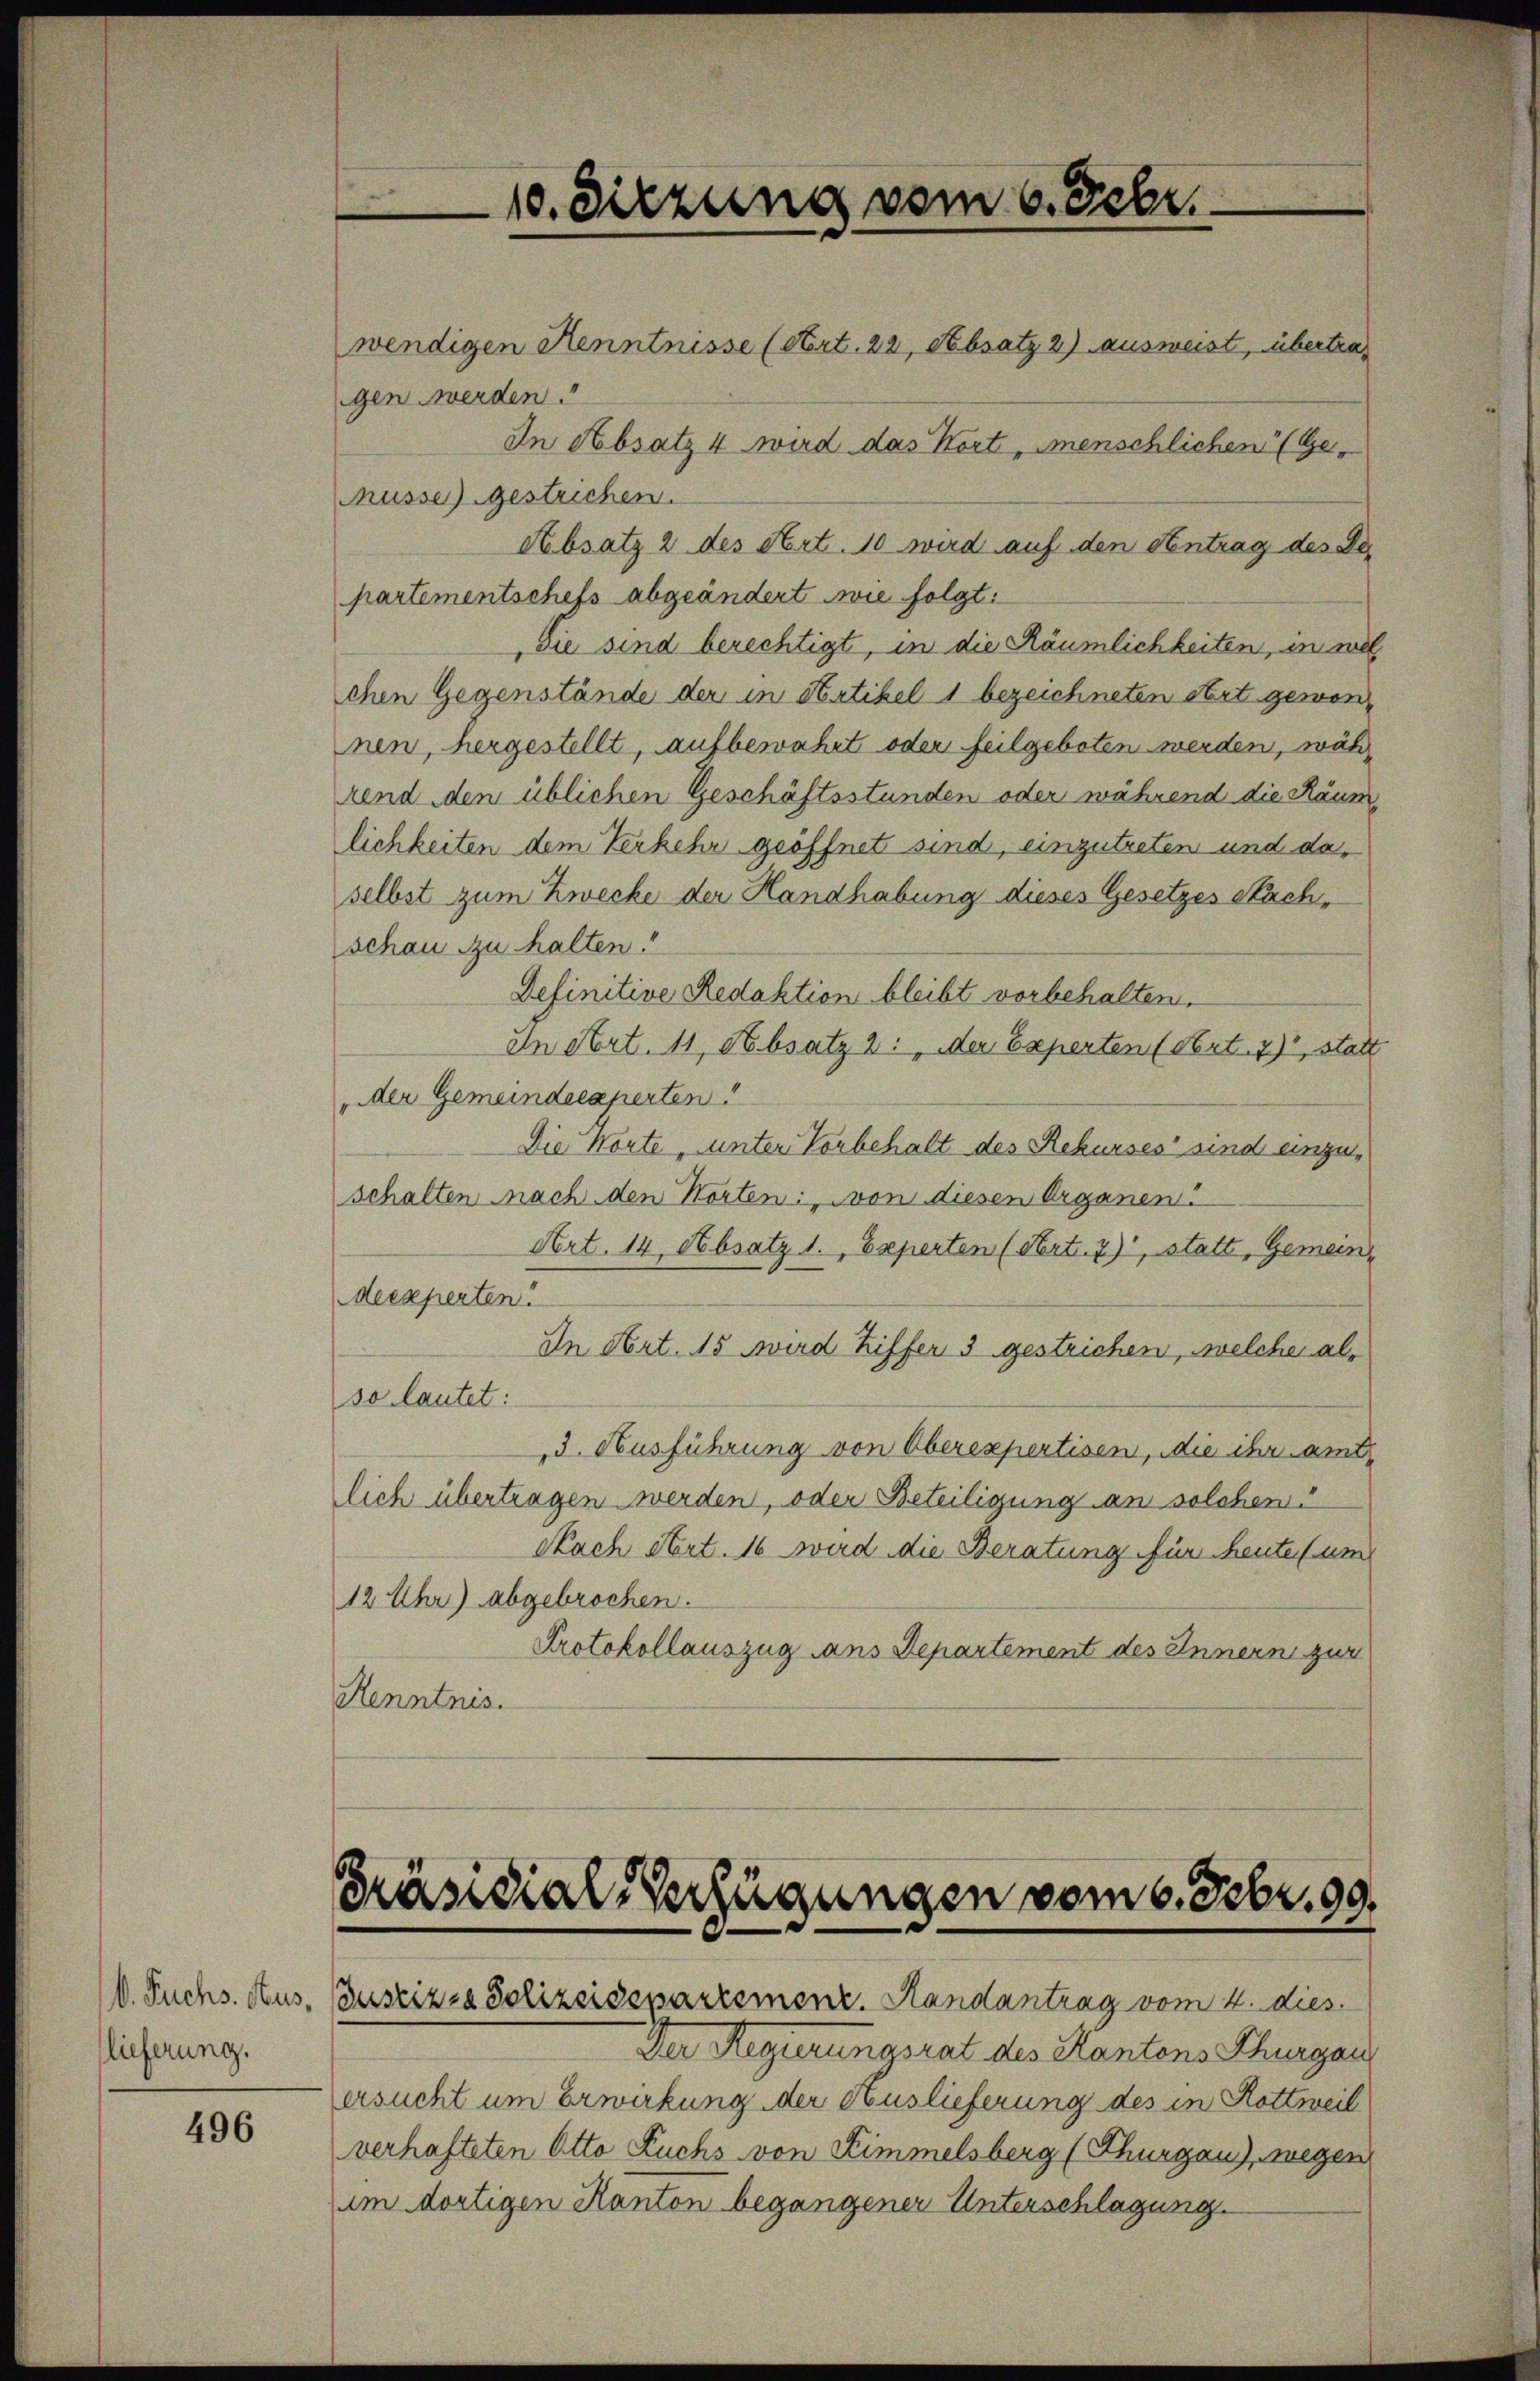
lieferung.

496

Präsidial-Verfügungen vom 6. Febr. 99.
V. Fuchs. Hus, Justizza Polizeisepartement. Handantrag vom 4. dies

wendigen Kenntnisse (stert. 22, Absatz 2) ausweist, übertrag
gen werden.
In Absatz 4 wird das Wort „Menschlichen (Ge-
Müsse) gestrichen.
Absatz 2 des Art. 10 wird auf den Antrag des Departementschefs abgeändert wie folgt:
Sie sind berechtigt, in die Räumlichkeiten, in wil
chen Gegenstände der in Artikel 1 bezeichneten Art gewonnen, hergestellt, aufbewahrt oder heilgeboten werden, währ
rend den üblichen Geschäftsstunden oder während die Räumlichkeiten dem Verkehr geöffnet sind, einzutreten und daselbst zum Zwecke der Handhabung dieses Gesetzes Nachschau zu halten.
Definitive Redaktion bleibt vorbehalten.
In Art. 11, Absatz 2: „Der Experten (Art. 7), statt
„der Gemeindecaperten
Die Worte, unter Vorbehalt des Rekurses sind einzuschalten nach den Worten: von diesen Organen
Art. 14. Absatz 1., Experten (Art. 7), statt, Gemeine
deexperten
In Art. 15 wird Ziffer 3 gestrichen, welche also lautet:
3. Ausführung von Oberexpertisen, die ihr amt
lich übertragen werden, oder Beteiligung an solchen
Nach Art. 16 wird die Beratung für heute um
12 Uhr) abgebrochen.
Protokollauszug aus Departement des Innern zur
Kenntnis.

10. Sitzung vom 6. Febr.

Der Regierungsrat des Kantons Thurgau
ersucht um Erwirkung der Auslieferung des in Hottweil
verhafteten Otto Fuchs von Zimmelsberg (Thurgau), wegen
im dortigen Kanton begangener Unterschlagung.